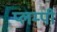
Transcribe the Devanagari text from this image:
प्लम्पी